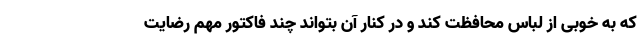
که به خوبی از لباس محافظت کند و در کنار آن بتواند چند فاکتور مهم رضایت